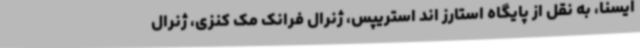
ایسنا، به نقل از پایگاه استارز اند استریپس، ژنرال فرانک مک کنزی، ژنرال